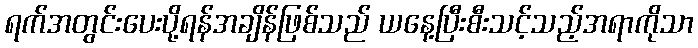
ရက်အတွင်းပေးပို့ရန်အချိန်ဖြစ်သည် ယနေ့ပြီးစီးသင့်သည့်အရာကိုသာ